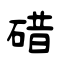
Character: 碏